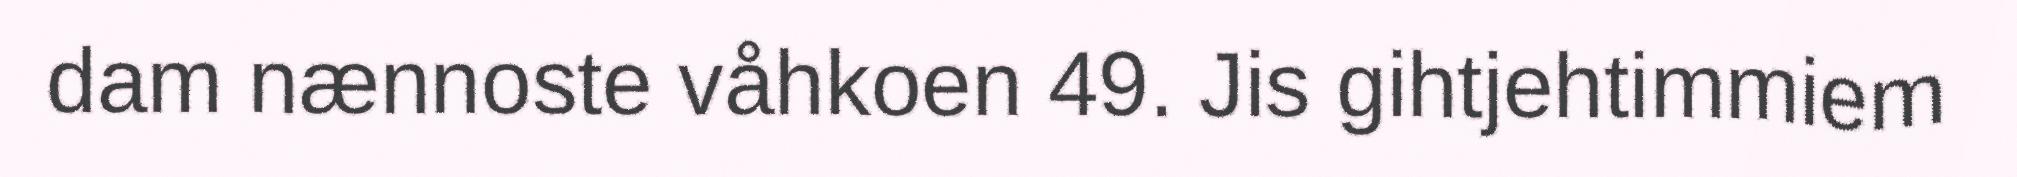
dam nænnoste våhkoen 49. Jis gihtjehtimmiem